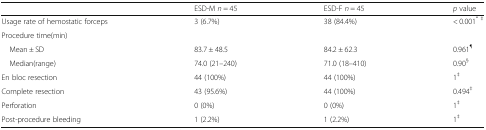
<table><thead><tr><td></td><td><b>ESD-M <i>n</i> = 45</b></td><td><b>ESD-F <i>n</i> = 45</b></td><td><b><i>p</i> value</b></td></tr></thead><tbody><tr><td>Usage rate of hemostatic forceps</td><td>3 (6.7%)</td><td>38 (84.4%)</td><td>&lt; 0.001<sup>* ‡</sup></td></tr><tr><td>Procedure time(min)</td><td></td><td></td><td></td></tr><tr><td> Mean ± SD</td><td>83.7 ± 48.5</td><td>84.2 ± 62.3</td><td>0.961<sup>¶</sup></td></tr><tr><td> Median(range)</td><td>74.0 (21–240)</td><td>71.0 (18–410)</td><td>0.90<sup>§</sup></td></tr><tr><td>En bloc resection</td><td>44 (100%)</td><td>44 (100%)</td><td>1<sup>‡</sup></td></tr><tr><td>Complete resection</td><td>43 (95.6%)</td><td>44 (100%)</td><td>0.494<sup>‡</sup></td></tr><tr><td>Perforation</td><td>0 (0%)</td><td>0 (0%)</td><td>1<sup>‡</sup></td></tr><tr><td>Post-procedure bleeding</td><td>1 (2.2%)</td><td>1 (2.2%)</td><td>1<sup>‡</sup></td></tr></tbody></table>